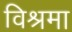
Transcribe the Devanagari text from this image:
विश्रमा